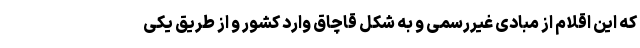
که این اقلام از مبادی غیررسمی و به شکل قاچاق وارد کشور و از طریق یکی